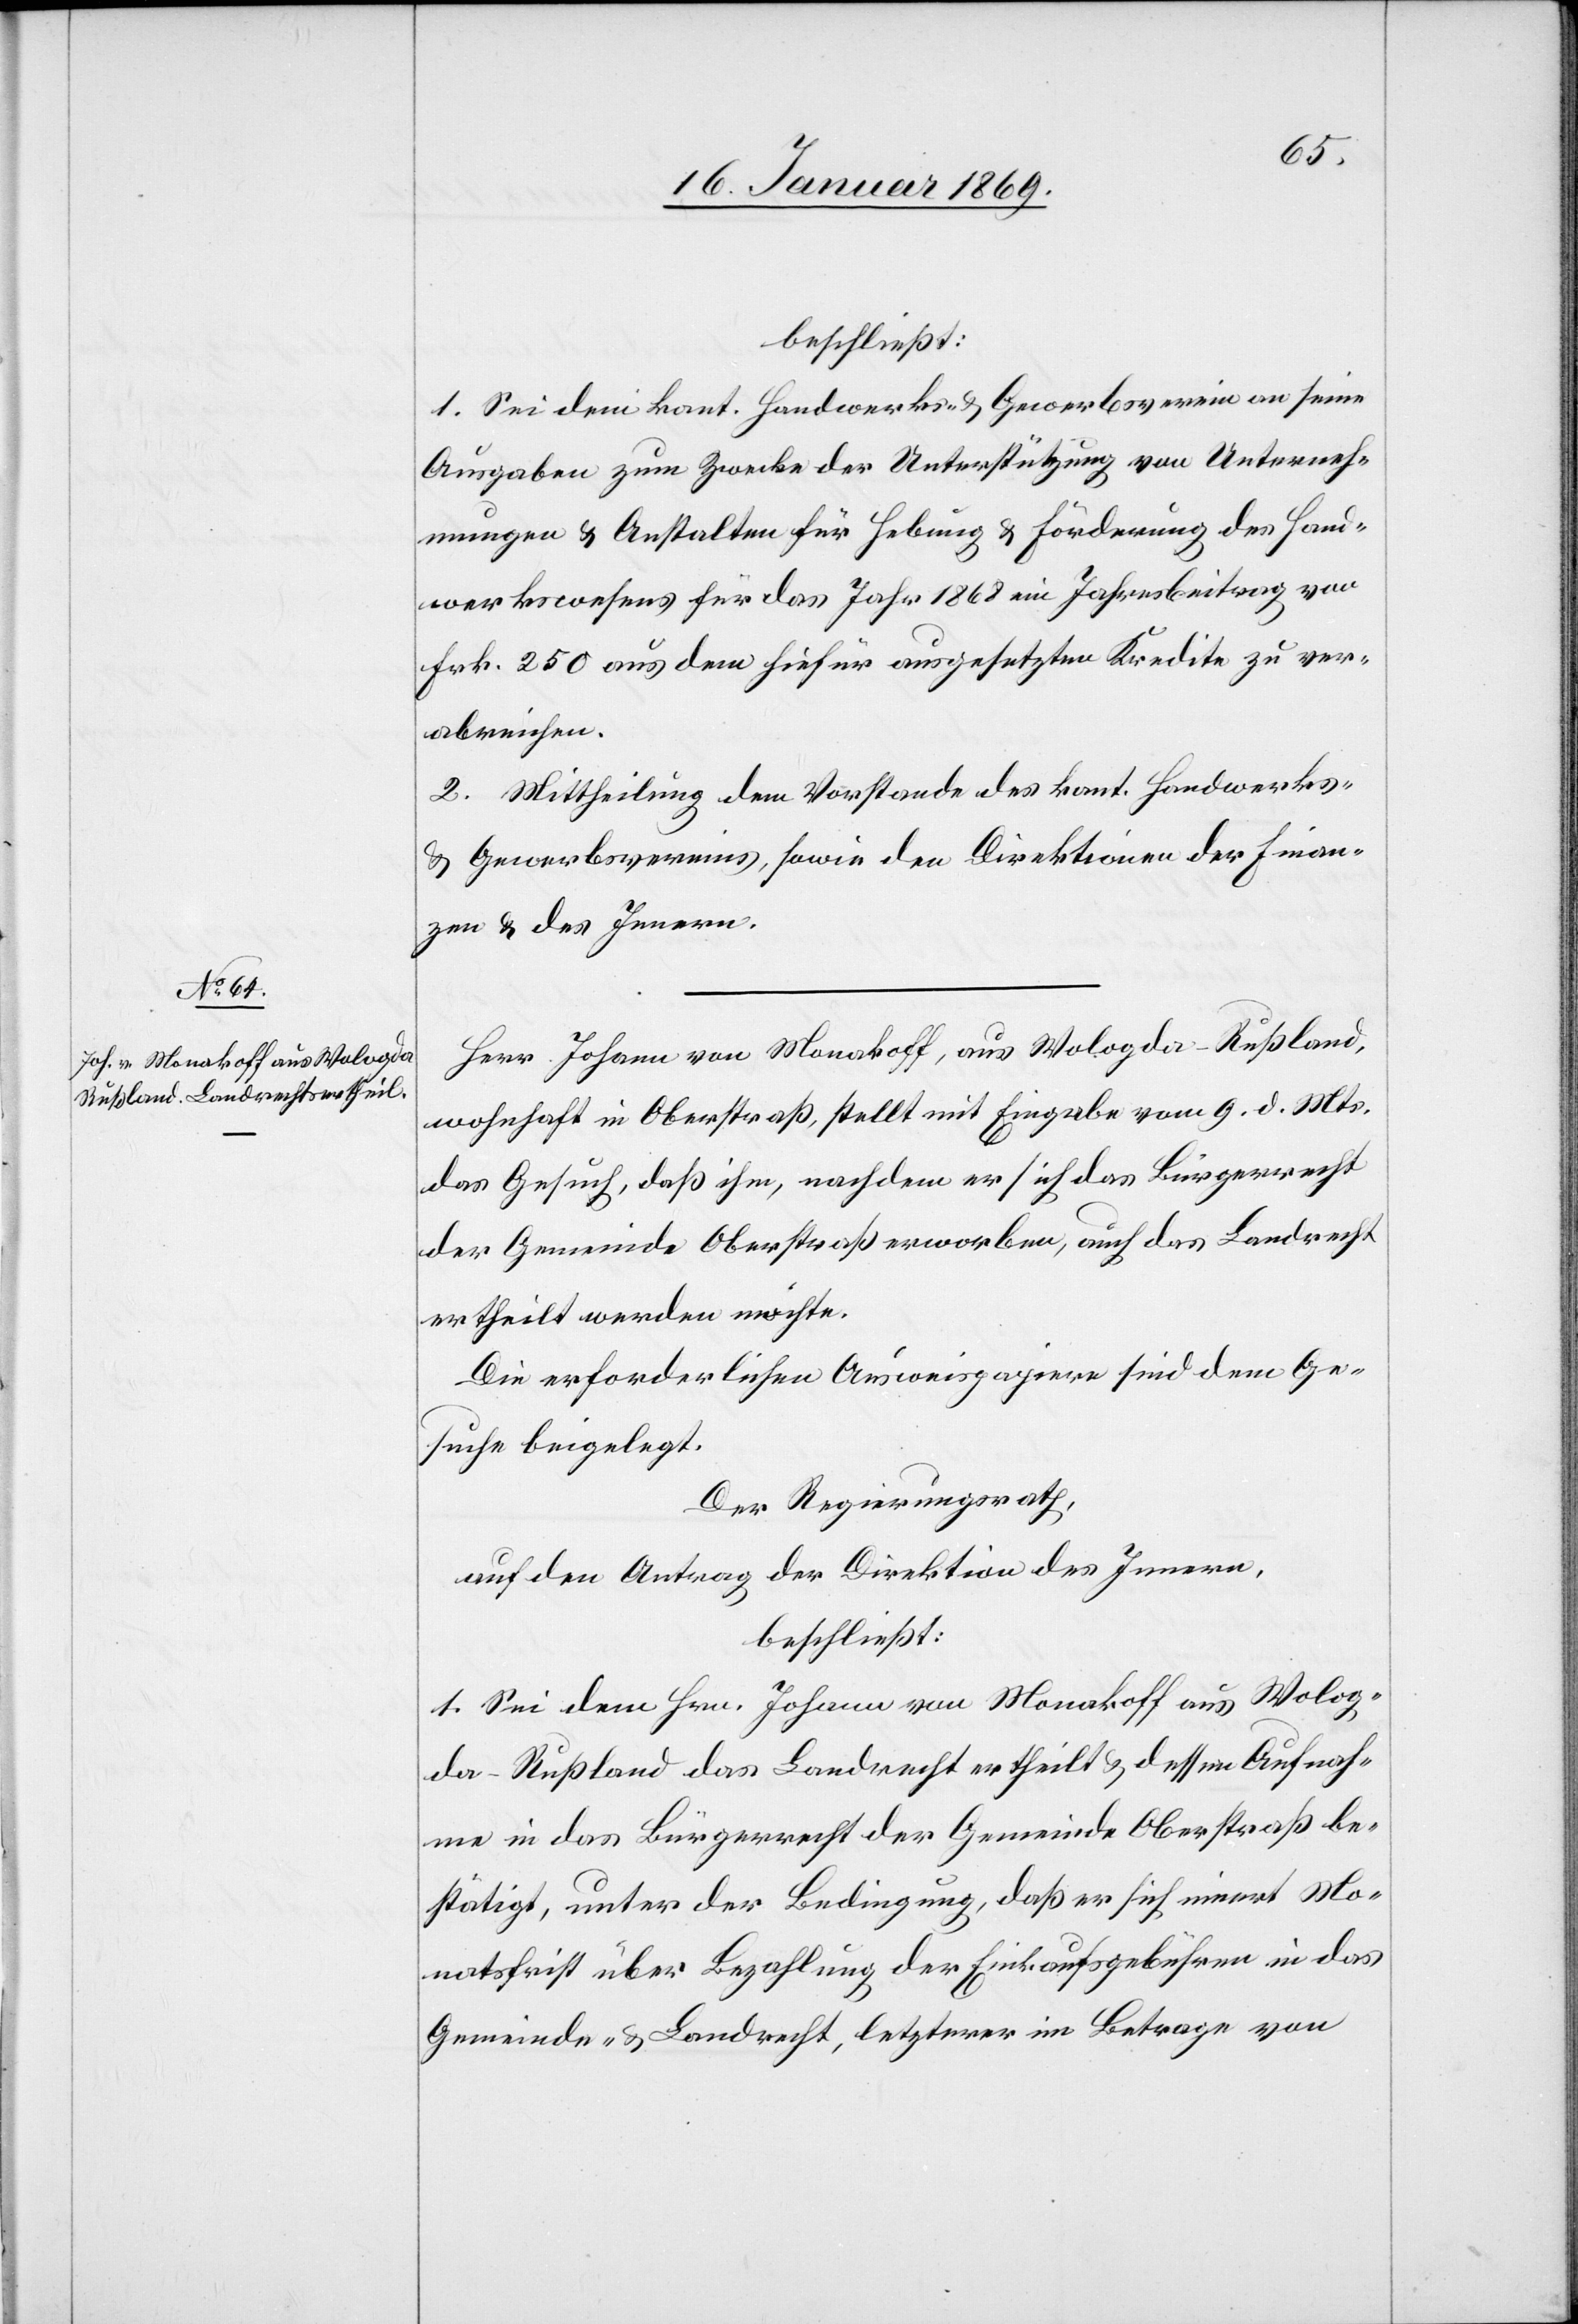
beschließt:
1. Sei dem kant. Handwerks- u. Gewerbsverein an seine
Ausgaben zum Zwecke der Unterstützung von Unterneh¬
mungen u. Anstalten für Hebung u. Förderung des Hand¬
werkswesens für das Jahr 1868 im Jahresbeitrag von
Frk. 250 aus dem hiefür ausgesetzten Kredite zu ver¬
abreichen.
2. Mittheilung dem Vorstande des kant. Handwerks-
u. Gewerbsvereins, sowie den Direktionen der Finan¬
zen u. des Innern.
Herr Johann von Monakoff, aus Wologda - Rußland,
wohnhaft in Oberstraß, stellt mit Eingabe vom 9 d. Mts.
das Gesuch, daß ihm, nachdem er sich das Bürgerrecht
der Gemeinde Oberstraß erworben, auch das Landrecht
ertheilt werden möchte.
Die erforderlichen Ausweispapiere sind dem Ge¬
suche beigelegt.
Der Regierungsrath,
auf den Antrag der Direktion des Innern,
beschließt:
1. Sei dem Hrn. Johann von Monakoff aus Wolog¬
da - Rußland das Landrecht ertheilt u. dessen Aufnah¬
me in das Bürgerrecht der Gemeinde Oberstraß be¬
stätigt, unter der Bedingung, daß er sich innert Mo¬
natsfrist über Bezahlung der Einkaufsgebühren in das
Gemeinde- u. Landrecht, letzterer im Betrage von